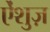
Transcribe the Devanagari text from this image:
ऐंशुज़